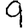
Digit: 9